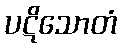
ပဋိသောတံ